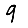
Digit: 9